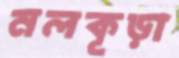
নলকূড়া